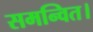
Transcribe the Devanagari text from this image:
समन्वित।